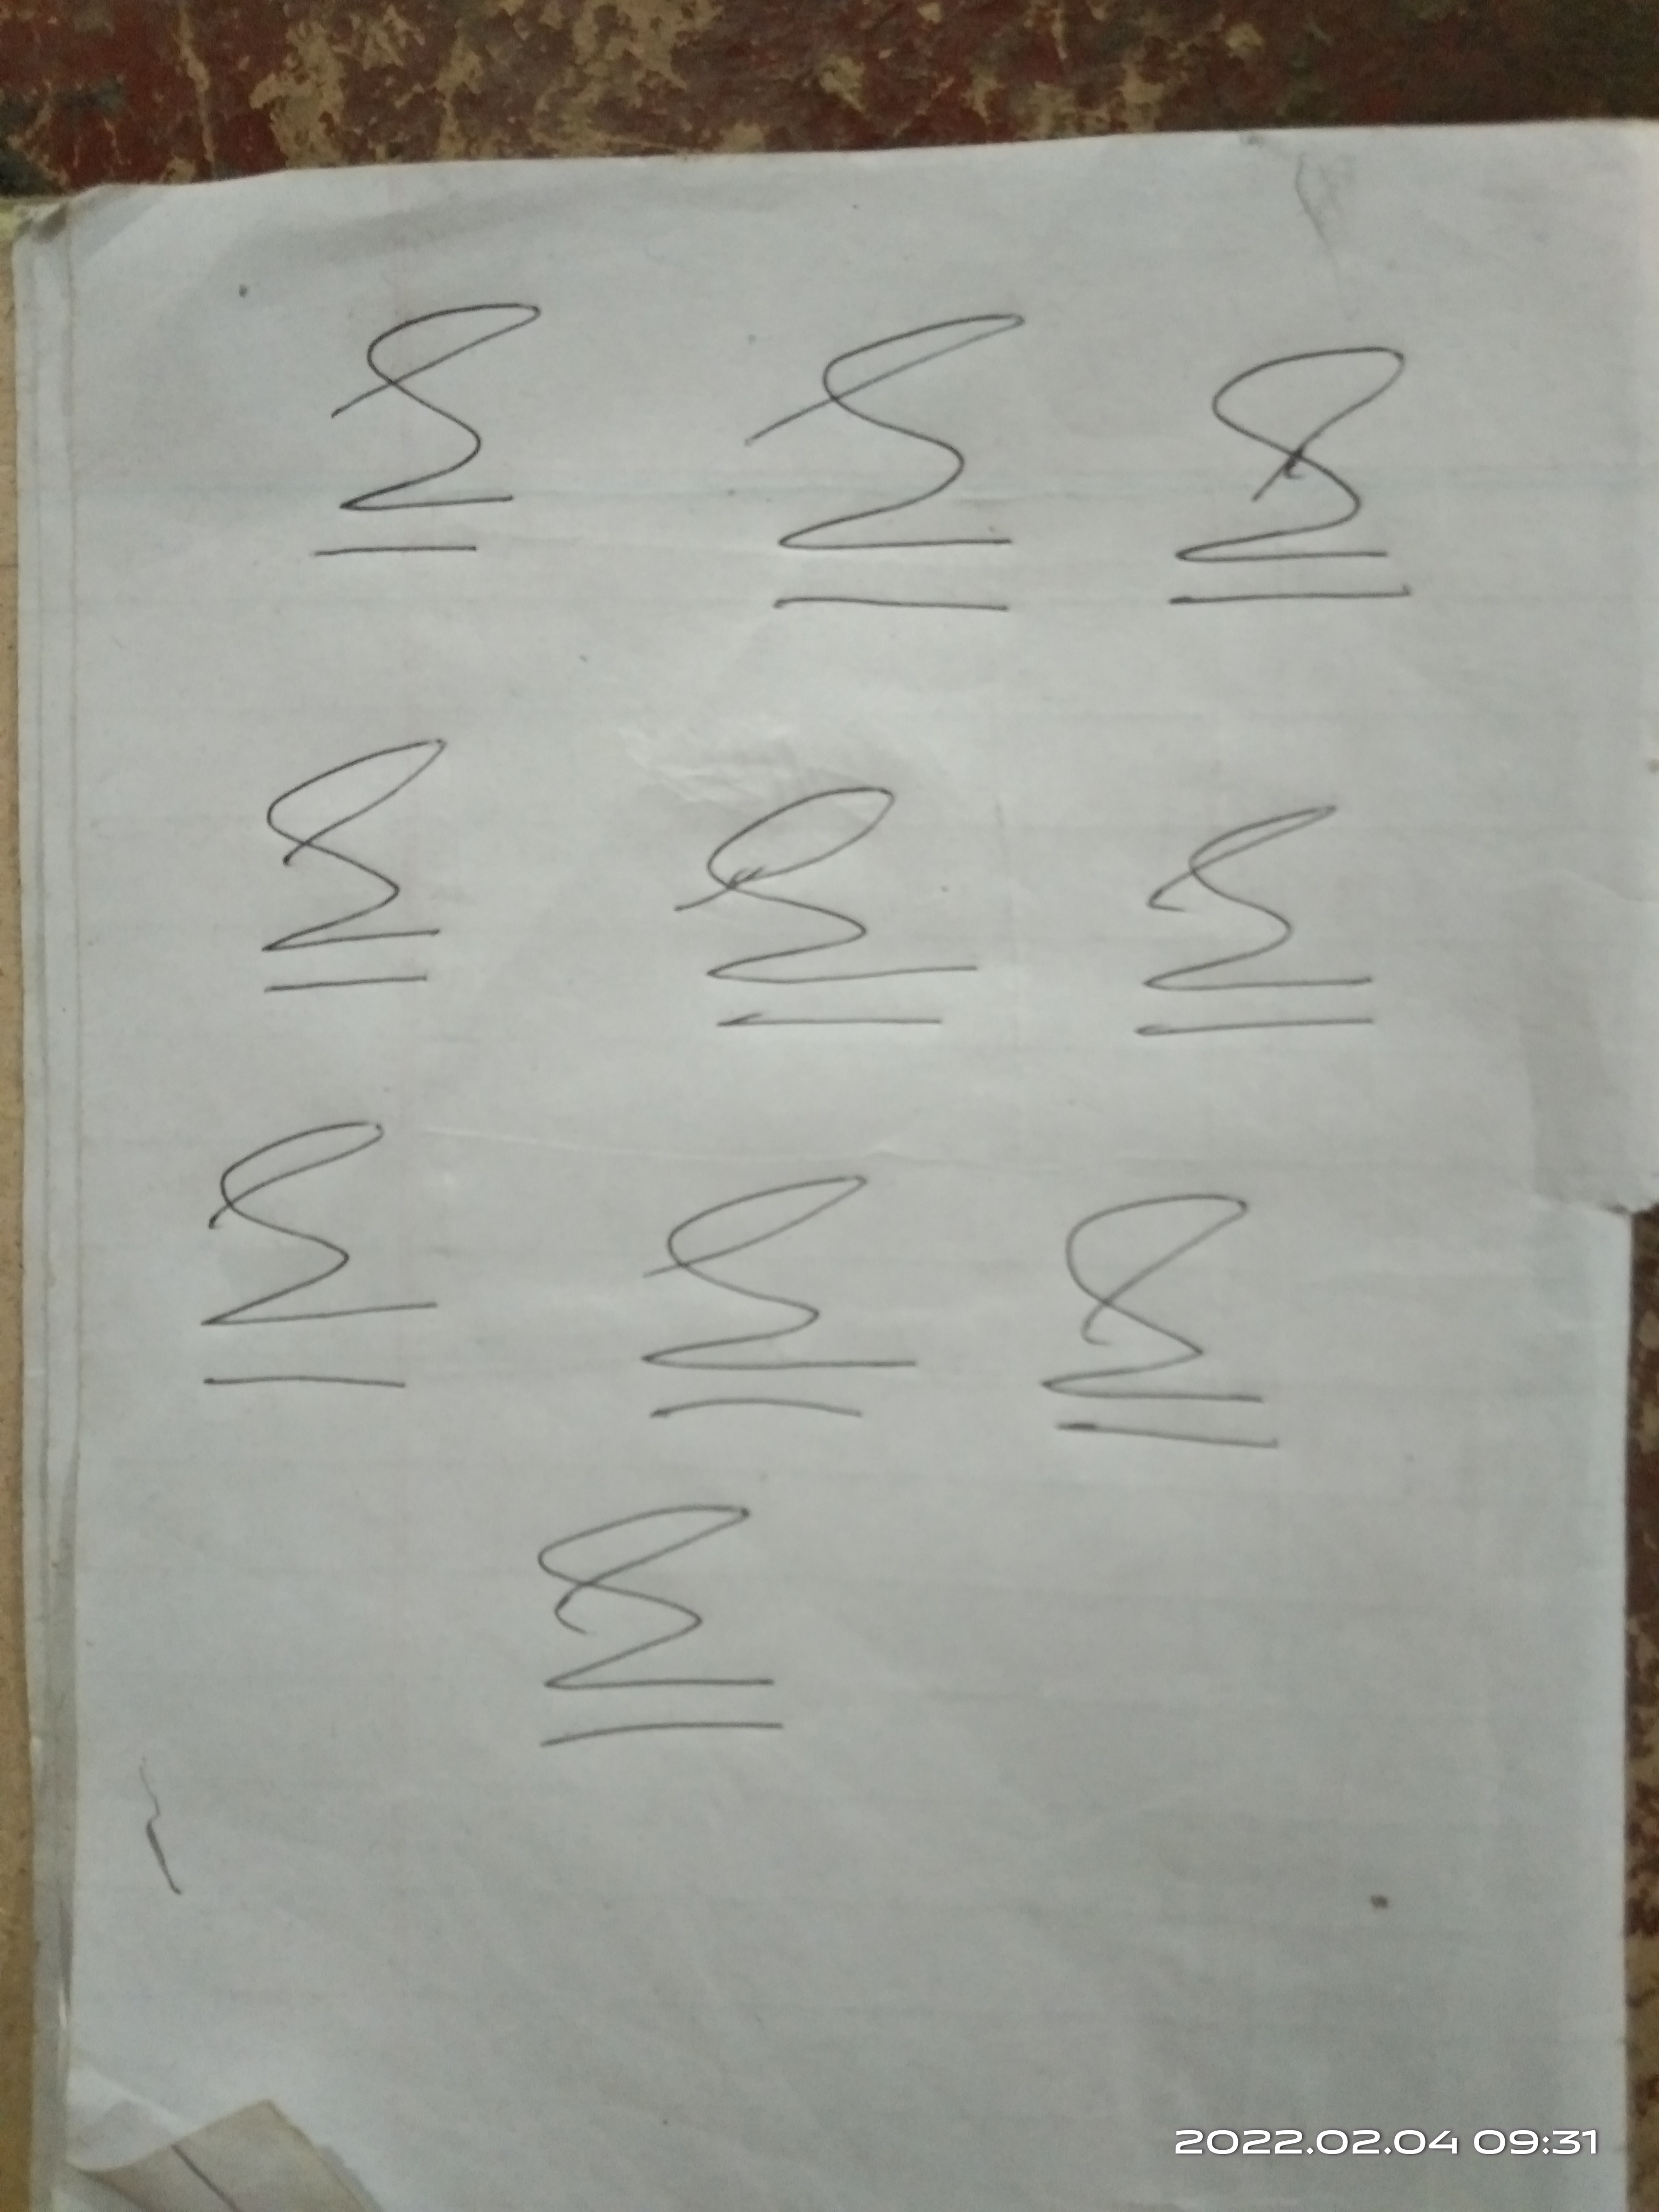
Signature authenticity: genuine